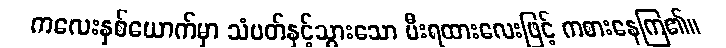
ကလေးနှစ်ယောက်မှာ သံပတ်နှင့်သွားသော မီးရထားလေးဖြင့် ကစားနေကြ၏။